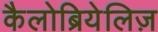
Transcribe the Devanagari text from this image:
कैलोब्रियेलिज़